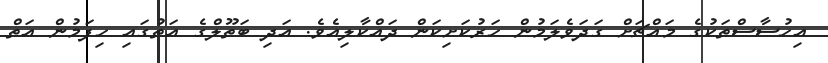
އިހުސާސްތަކުގެ މައްޗަށް ގަދަވެލަމުން ހަރުކަށިކަން ދައްކާލިއެވެ. އަދި ބަތޫލްގެ އަތުގައި ހިފަމުން އަތް